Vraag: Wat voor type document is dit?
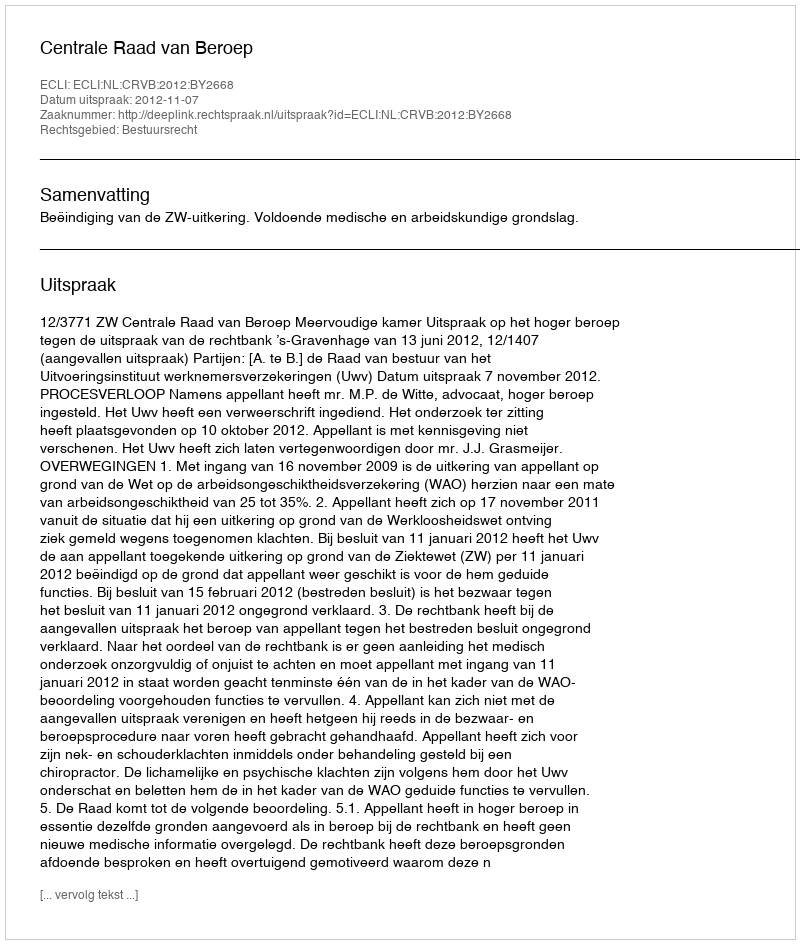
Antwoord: Uitspraak